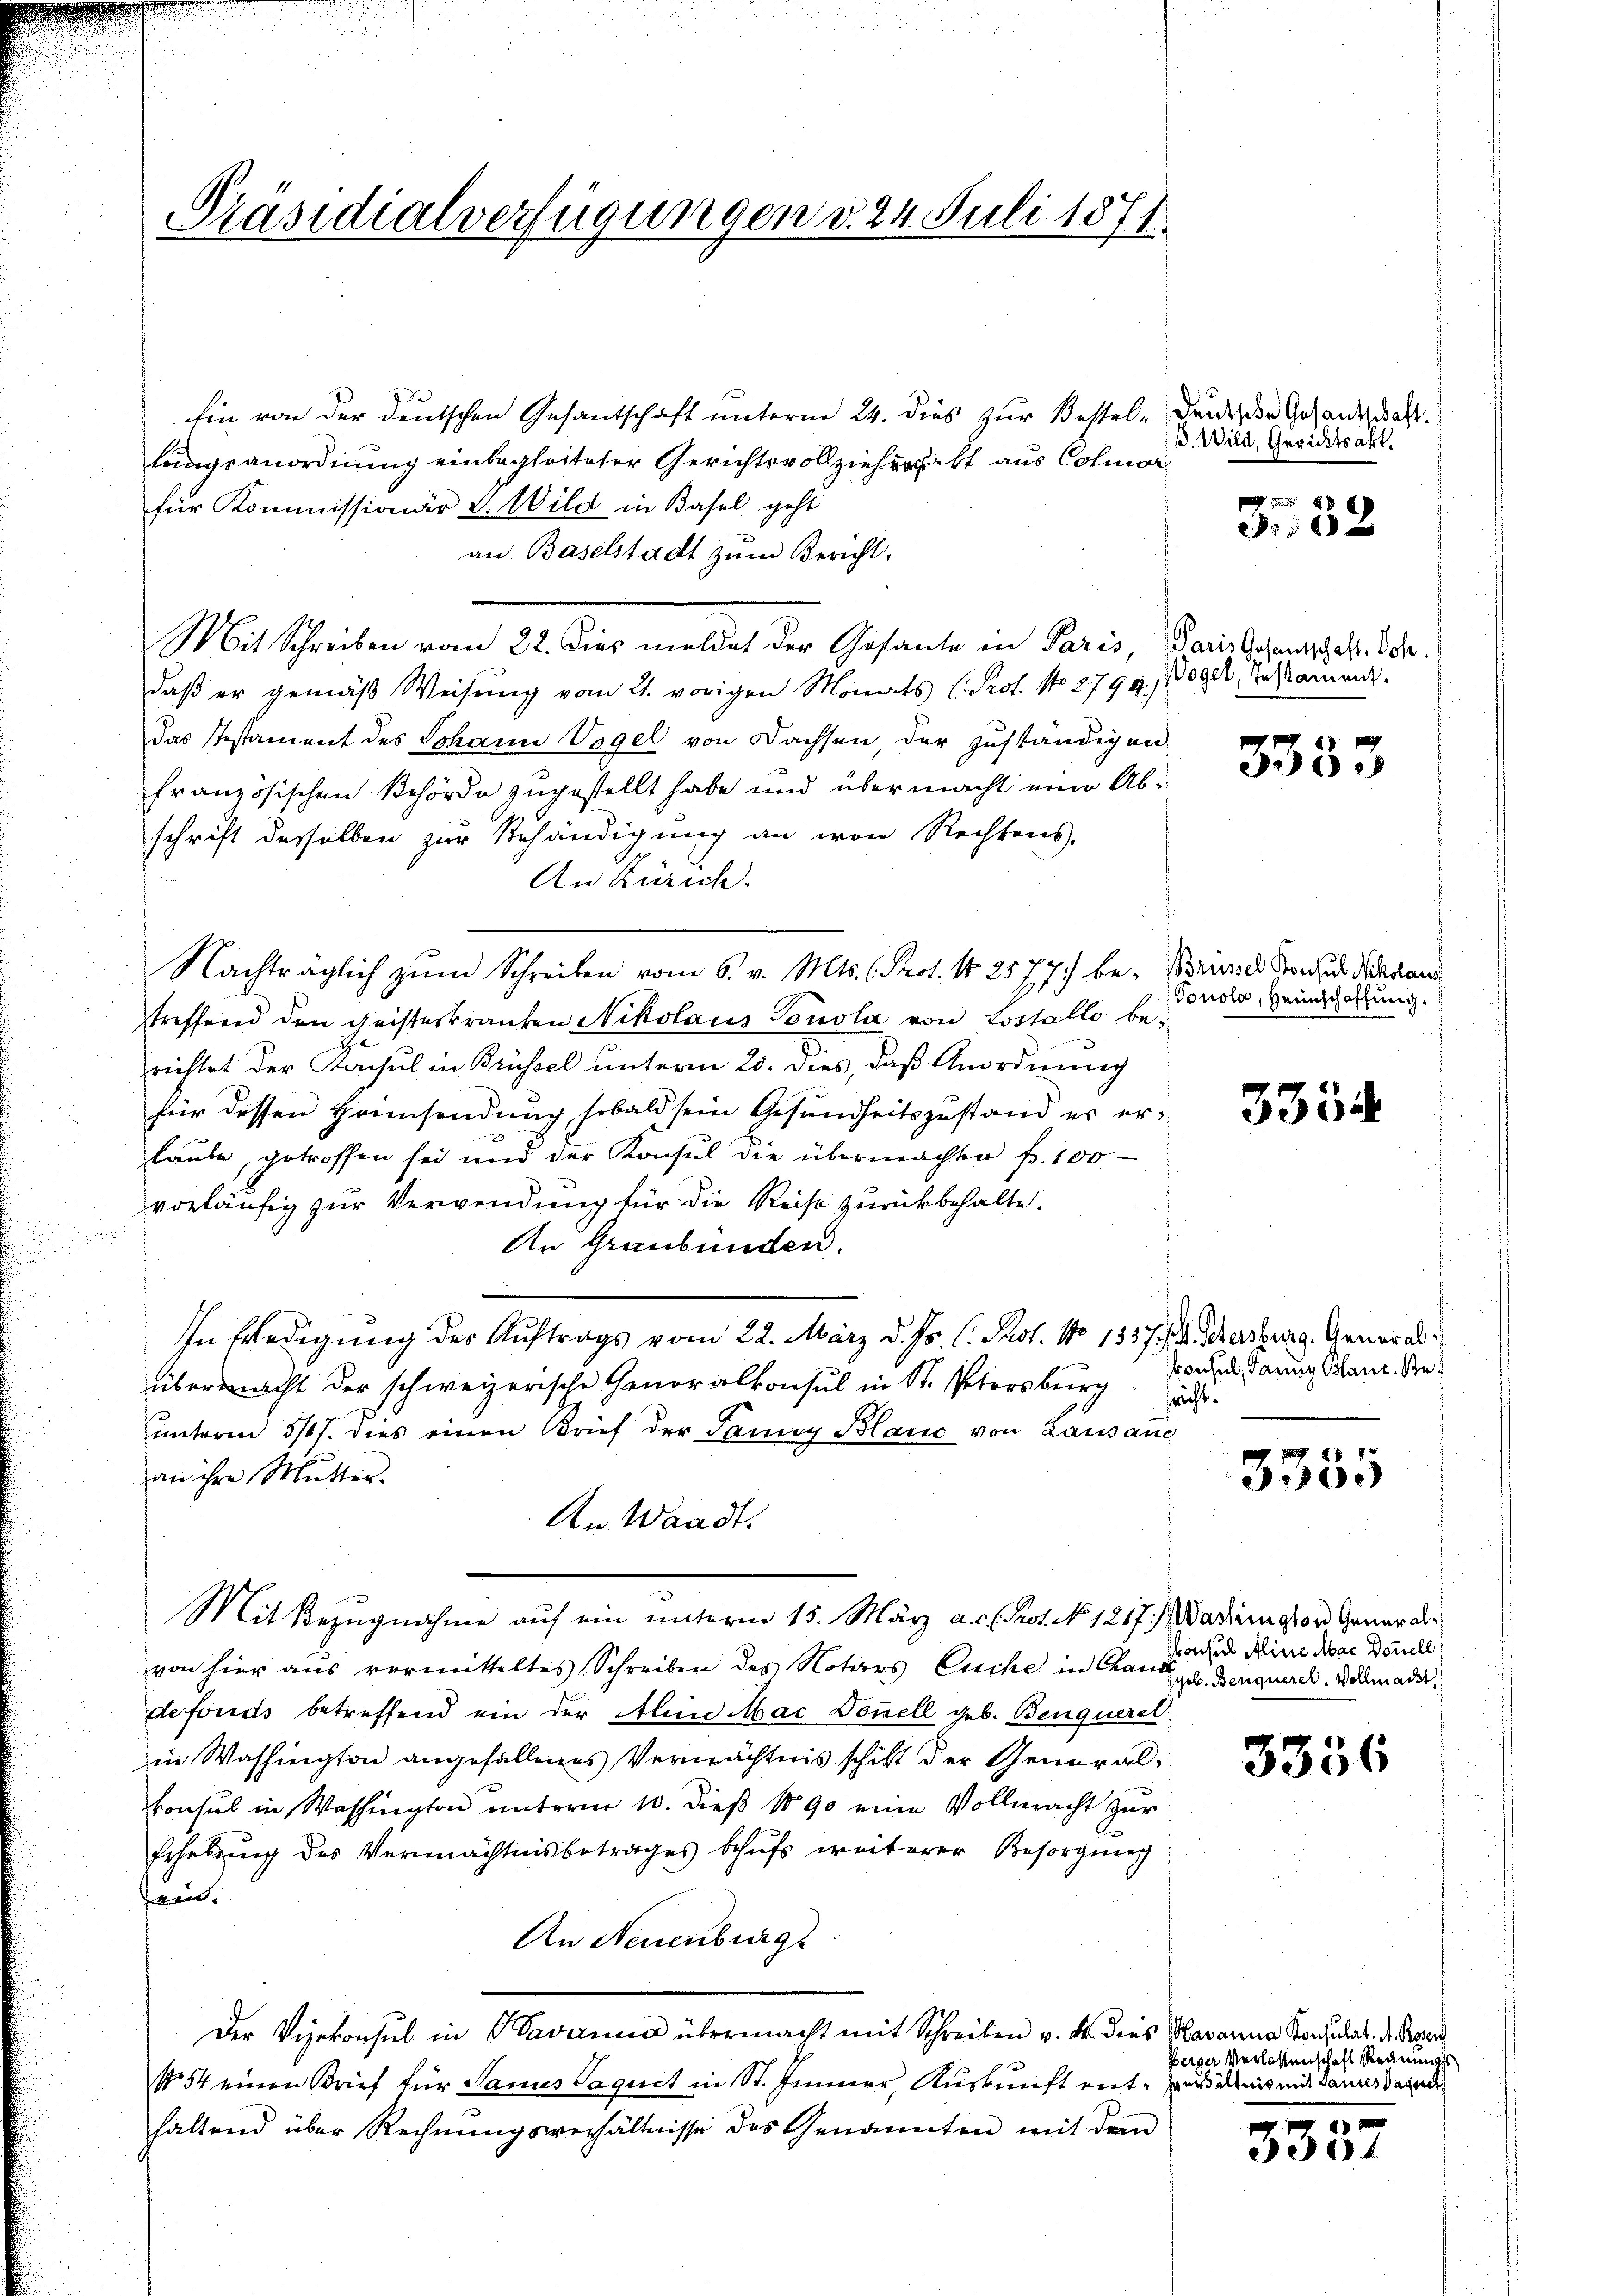
Präsidialverfügungen v. 24. Juli 1871

Ein von der deutschen Gesantschaft unterm 24. dies zur Bestellungsanordnung einbegleiteter Gerichtsvollziehungsakt aus Colmar
für Kommissionär V. Wild in Basel geht
an Baselstadt zŭm Bericht.
Mit Schreiben vom 22. Dies meldet der Gesante in Paris,
daß er gemäß Weisung vom 21. vorigen Monats Prof. No. 2794.
das Testament des Johann Vogel von Dachsen, der zuständigen
französischen Behörde zugestellt habe und übermacht eine Abschrift desselben zur Behändigung an von Rechtens,
An Zürich.
treffend den Geisteskranken Nikolaus Tonola von Lostallo berichtet der Konsul in Brüssel unterm 20. dies, daß Anordnung
für dessen Heinsendung sobald sein Gesundheitszustand es erlaube getroffen sei und der Konsul die übermachte p. 100
vorläufig zur Verwendung für die Reise zurückbehalte.
An Graubünden.
In Erledigung des Auftrags vom 22. März d. Js. C. Prot. No 1337/A. Übersburg. Generalübermacht der schweizerische Generalkonsul in St. Petersburg d
unterm 5/7. dies einen Brief der Panig Blanc von Lausan
an ihre Mutter.
An Waadt.
Mit Bezugnahme auf ein unterm 15. März a. . . Prot. No. 1217.) Wadington General-
von hier aŭs vormitteltes Schreiben des Notars Euche in Chan, u. Benquere. Vollmade.
defonds betreffend ein der Aline Mac Donnell geb. Benquerel
in Washington angefallenes Vermächtnis schikt der General¬
Consul in Washington unterm 10. dieß 1890 eine Vollmacht zur
Erhebung des Vermächtnisbetrages behufs weiterer Besorgung
sein.
An Neuenburg
Der Vizekonsul in Savamen übermacht mit Schreiben v. dr. dies
No 54 einen Brief für Sames Taguct in St. Immer, Auskunft enthaltend über Rechnŭngsverhältnisse des Genannten mit dem

Nachträglich zŭm Schreiben vom 6. v. Mts. (Prot. N. 2577) be- Bord Bronzes Verdan

Deutsche Gesandschaft.
B. Wild, Gerichtsakt.

x
1 20 x

Paris Gesantschaft. Joh.
WVogel, Testament.

3333

Gonola, Heimschaftung.

3334

Pronsul, dann Blaue Be¬

3355

rosus Aline Mar Donnell

3356

Havanna Konsulat. A. Rissen
Beiger Verlassenschaft Rednung
eusältnis mit dannes Sanct

330.